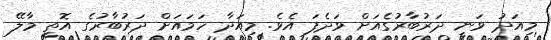
މިއަދު ވަނީ ދަރުބާރުގެއަށް ވަދެފަ އެވެ. މިއަދާ ހަމައަށް ދަރުބާރުގެ އޮތީ މާލޭ